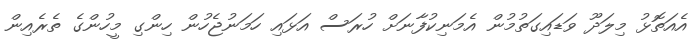
އެއަތޮޅު މިލަދޫ ވަޑައިގަތުމުން އެމަނިކުފާނަށް ހުރަސް އަޅައި ހަމަނުޖެހުން ހިންގި މީހުންގެ ތެރެއިން